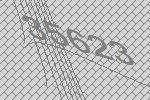
35623